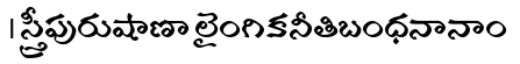
। స్త్రీపురుషాణా లైంగికనీతిబంధనానాం